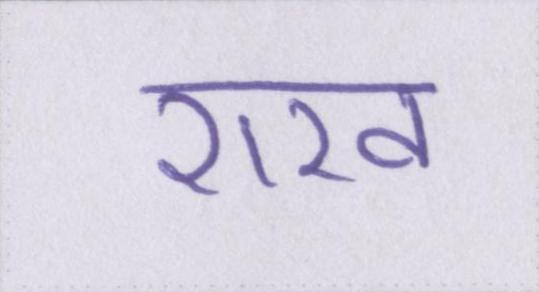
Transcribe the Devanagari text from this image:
राख